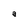
Character: a